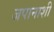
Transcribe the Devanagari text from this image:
जपानाशी